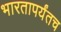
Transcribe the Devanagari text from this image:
भारतापर्यंतच